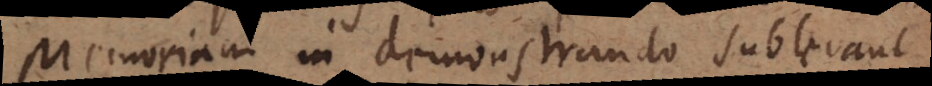
Memoriam in demonstrando sublevant